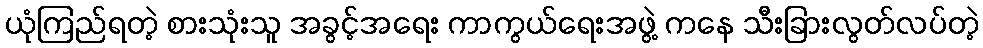
ယုံကြည်ရတဲ့ စားသုံးသူ အခွင့်အရေး ကာကွယ်ရေးအဖွဲ့ ကနေ သီးခြားလွတ်လပ်တဲ့